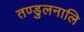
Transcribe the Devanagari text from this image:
तण्डुलनालि